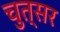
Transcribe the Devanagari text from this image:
चुत्सर